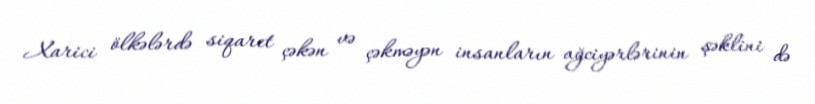
Xarici ölkələrdə siqaret çəkən və çəkməyən insanların ağciyərlərinin şəklini də